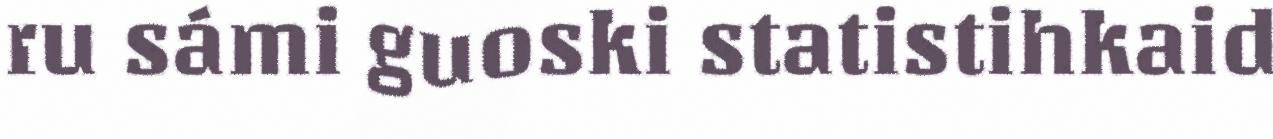
ru sámi guoski statistihkaid